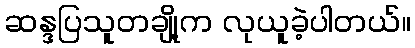
ဆန္ဒပြသူတချို့က လုယူခဲ့ပါတယ်။